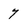
Character: 7